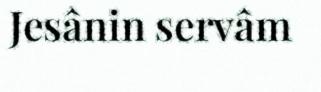
Jesânin servâm